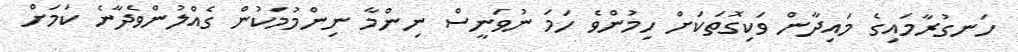
ހަނގުރާމައިގެ މައިދާން ވަކިގޮތަކަށް ހިމުންވެ ހަމަ ނުވަނީސް ނިންމާ ނިންމުމަކުން ގެއްލުންވެދާނެ ކަމަށް